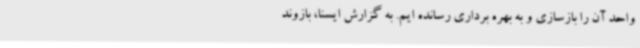
واحد آن را بازسازی و به بهره برداری رسانده ایم. به گزارش ایسنا، بازوند